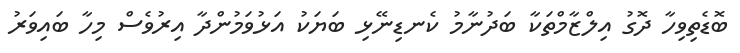
ބޮޑެތިވިހާ ދޮގު އިލްޒާމްތަކާ ބަދުނާމު ކެނޑިނޭޅި ބަޔަކު އަޅުވަމުންދާ އިރުވެސް މިހާ ބައިވަރު